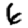
Digit: 6